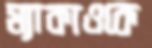
ম্যাকাওকে